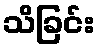
သိခြင်း